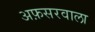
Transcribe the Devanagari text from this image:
अफ़सरवाला